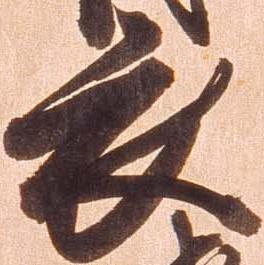
衣